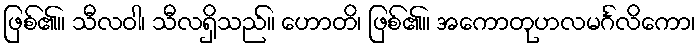
ဖြစ်၏။ သီလဝါ၊ သီလရှိသည်။ ဟောတိ၊ ဖြစ်၏။ အကောတုဟလမင်္ဂလိကော၊